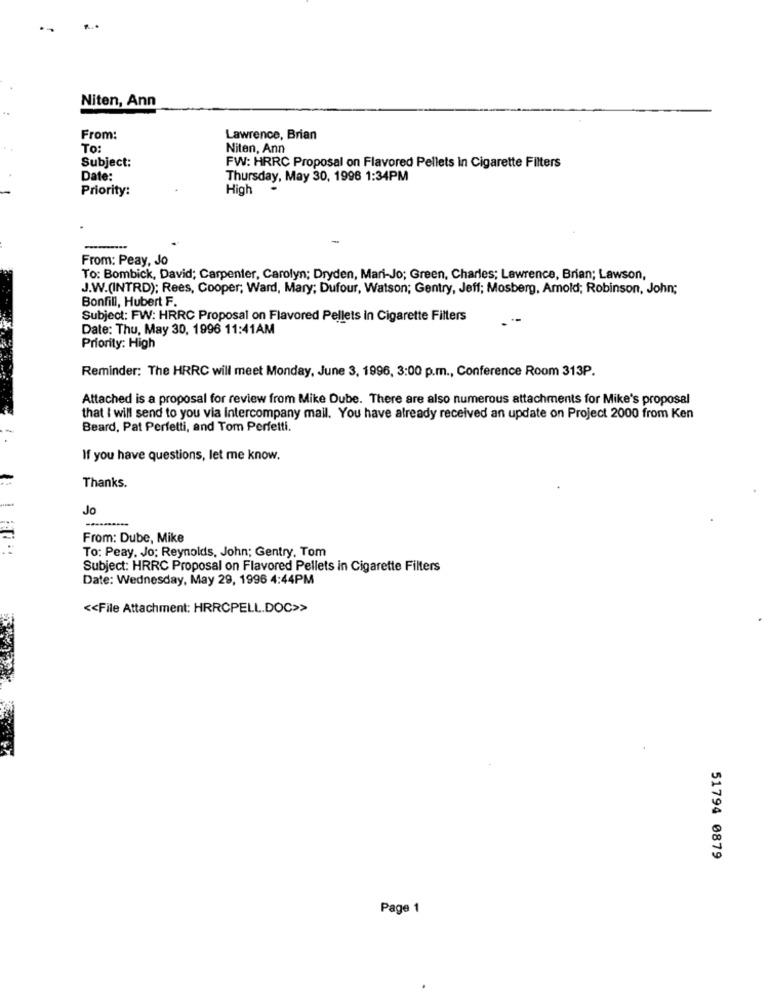
Niten, Ann
From:
Lawrence, Brian
To:
Niten, Ann
Subject:
FW: HRRC Proposal on Flavored Pellets In Cigarette Filters
Date:
Thursday, May 30, 1996 1:34PM
Priority:
High
From: Peay, Jo
To: Bombick, David; Carpenter, Carolyn; Dryden, Mari-Jo; Green, Charles; Lawrence, Brian; Lawson,
J.W.(INTRD); Rees, Cooper; Ward, Mary; Dufour, Watson; Gentry, Jeff; Mosberg, Amold; Robinson, John;
Bonfill, Hubert F.
Subject: FW: HRRC Proposal on Flavored Pellets in Cigarette Filters
Date: Thu, May 30, 1996 11:41AM
Priority: High
Reminder: The HRRC will meet Monday, June 3, 1996, 3:00 p.m ., Conference Room 313P.
Attached is a proposal for review from Mike Dube. There are also numerous attachments for Mike's proposal
that I will send to you via Intercompany mail. You have already received an update on Project 2000 from Ken
Beard, Pat Perfetti, and Tom Perfetti.
If you have questions, let me know.
Thanks.
Jo
From: Dube, Mike
To: Peay. Jo; Reynolds, John; Gentry, Tom
Subject: HRRC Proposal on Flavored Pellets in Cigarette Filters
Date: Wednesday, May 29, 1996 4:44PM
<< File Attachment: HRRCPELL.DOC>>
51794 0879
Page 1